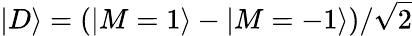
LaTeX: |D\rangle=(|M=1\rangle-|M=-1\rangle)/\sqrt{2}